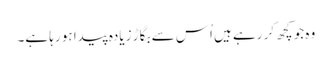
وہ جو کچھ کر رہے ہیں اُس سے بگاڑ زیادہ پیدا ہو رہا ہے۔